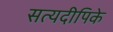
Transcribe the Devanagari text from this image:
सत्यदीपिके